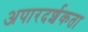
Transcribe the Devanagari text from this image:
अपारदर्शकता